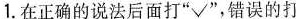
1.在正确的说法后面打”√”，错误的打